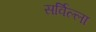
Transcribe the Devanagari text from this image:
सर्विल्ला